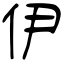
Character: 伊